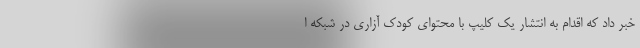
خبر داد که اقدام به انتشار یک کلیپ با محتوای کودک آزاری در شبکه ا